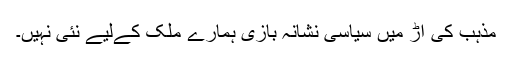
مذہب کی آڑ میں سیاسی نشانہ بازی ہمارے ملک کےلیے نئی نہیں۔